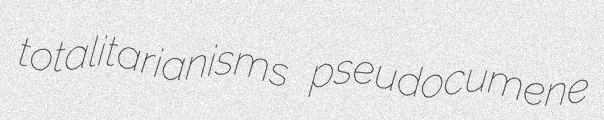
totalitarianisms pseudocumene